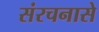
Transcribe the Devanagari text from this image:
संरचनासे